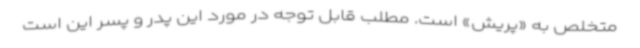
متخلص به «پریش» است. مطلب قابل توجه در مورد این پدر و پسر این است